Punjab Mental Hospital Lahore 1932-46 - 1932-1946
Year: 1932
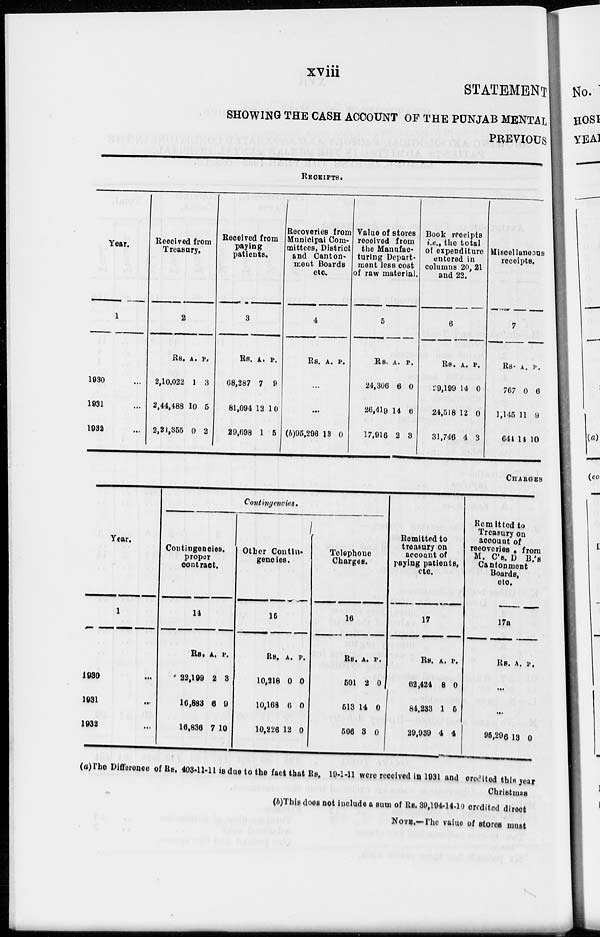
xviii
STATEMENT
SHOWING THE CASH ACCOUNT OF THE PUNJAB MENTAL
PREVIOUS
RECEIPTS.
Year.
1
1930 ...
1931 ...
1932 ...
Received from
Treasury.
2
Rs.
2,10,022
2,44,488
2,21,355
A.
1
10
0
P.
3
5
2
Received from
paying
patients.
3
Rs.
68,287
81,094
29,698
A.
7
12
1
P.
9
10
5
Recoveries from
Municipal Com-
mittees, District
and Canton-
ment Boards
etc.
4
Rs. A. P.
...
...
(b)95,296 13 0
Value of stores
received from
the Manufac-
turing Depart-
ment less cost
of raw material.
5
Rs.
24,306
26,419
17,916
A.
6
14
2
P.
0
6
3
Book receipts
i.e., the total
of expenditure
entered in
columns 20, 21
and 22.
6
Rs.
29,199
24,518
31,746
A.
14
12
4
P.
0
0
3
Miscellaneous
receipts.
7
Rs.
767
1,145
644
A.
0
11
14
P.
6
9
10
CHARGES
Year.
1
1930 ...
1931 ...
1932 ...
Contingencies.
Contingencies,
proper
contract.
14
Rs.
22,199
16,883
16,836
A.
2
6
7
P.
3
9
10
Other Contin-
gencies.
15
Rs.
10,218
10,168
10,226
A.
0
6
12
P.
0
0
0
Telephone
Charges.
16
Rs.
501
513
506
A.
2
14
3
P.
0
0
0
Remitted to
treasury on
account of
paying patients,
etc.
17
Rs.
62,424
84,233
29,939
A.
8
1
4
P.
0
5
4
Remitted to
Treasury on
account of
recoveries from
M. C's.D B.'s
Cantonment
Boards,
etc.
17a
Rs. A. P.
...
...
95,296 13 0
(a)The Difference of Rs. 403-11-11 is due to the fact that Rs. 19-1-11 were received in 1931 and credited this year
Christmas
(b)This does not include a sum of Rs. 39,194-14-10 credited direct
NOTE.—The value of stores must